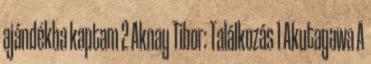
ajándékba kaptam 2 Aknay Tibor: Találkozás 1 Akutagawa A